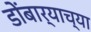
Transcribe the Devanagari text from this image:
डोंबार्‍याच्या